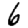
Digit: 6